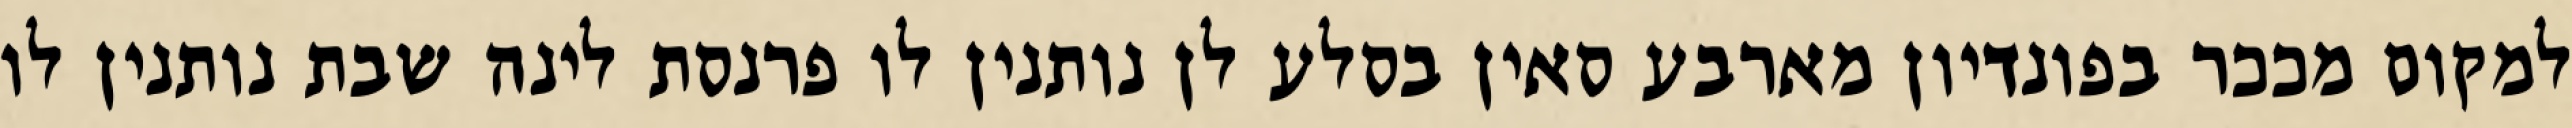
למקום מככר בפונדיון מארבע סאין בסלע לן נותנין לו פרנסת לינה שבת נותנין לו